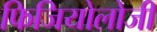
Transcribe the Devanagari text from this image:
फिजियोलोजी